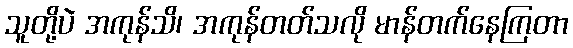
သူတို့ပဲ အကုန်သိ၊ အကုန်တတ်သလို မာန်တက်နေကြတာ